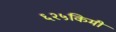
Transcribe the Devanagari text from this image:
६२५किमी